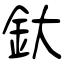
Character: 釱